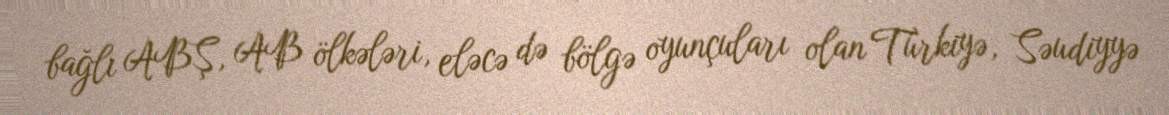
bağlı ABŞ, AB ölkələri, eləcə də bölgə oyunçuları olan Türkiyə, Səudiyyə